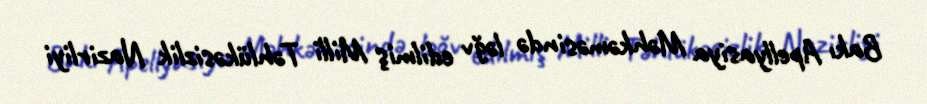
Bakı Apellyasiya Məhkəməsində ləğv edilmiş Milli Təhlükəsizlik Nazirliyi